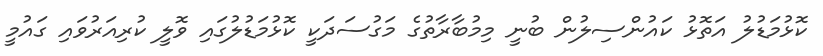
ކޮޅުމަޑުލު އަތޮޅު ކައުންސިލުން ބުނީ މިމުބާރާތުގެ މަގުސަދަކީ ކޮޅުމަޑުލުގައި ވޮލީ ކުރިއަރުވައި ގައުމީ